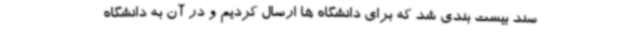
سند بیست بندی شد که برای دانشگاه ها ارسال کردیم و در آن به دانشگاه